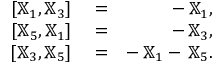
\begin{array} { r l r } { [ { \mathbb X } _ { 1 } , { \mathbb X } _ { 3 } ] } & { { } = } & { - \, { \mathbb X } _ { 1 } , } \\ { [ { \mathbb X } _ { 5 } , { \mathbb X } _ { 1 } ] } & { { } = } & { - \, { \mathbb X } _ { 3 } , } \\ { [ { \mathbb X } _ { 3 } , { \mathbb X } _ { 5 } ] } & { { } = } & { - \, { \mathbb X } _ { 1 } - \, { \mathbb X } _ { 5 } . } \end{array}